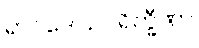
ရာဂဒေါသပရိက္ခီဏာ